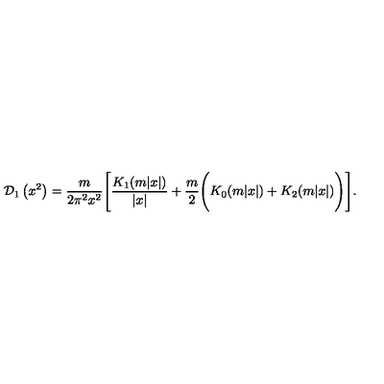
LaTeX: { \cal D } _ { 1 } \left( x ^ { 2 } \right) = \frac { m } { 2 \pi ^ { 2 } x ^ { 2 } } \Biggl [ \frac { K _ { 1 } ( m | x | ) } { \left| x \right| } + \frac { m } { 2 } \Biggl ( K _ { 0 } ( m | x | ) + K _ { 2 } ( m | x | ) \Biggr ) \Biggr ] .